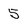
Character: 5